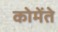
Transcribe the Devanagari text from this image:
कोमेंते